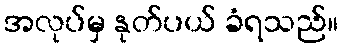
အလုပ်မှ နုတ်ပယ် ခံရသည်။